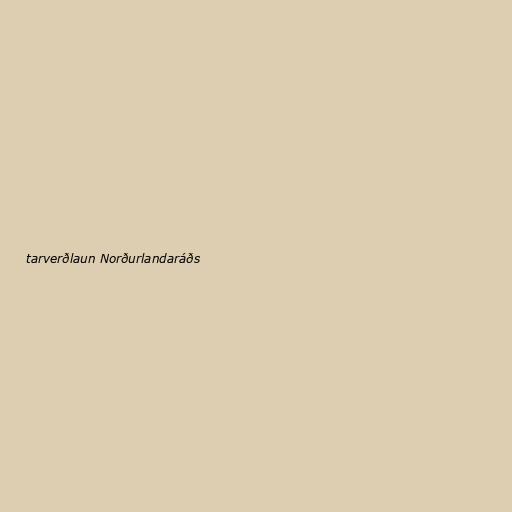
tarverðlaun Norðurlandaráðs